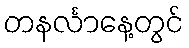
တနင်္လာနေ့တွင်